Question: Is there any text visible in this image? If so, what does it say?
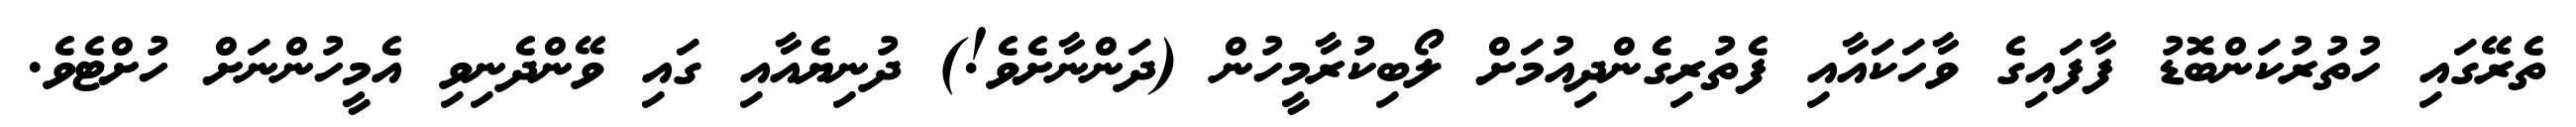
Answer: ތެރޭގައި ހުތުރުކަންބޮޑު ފާފައިގެ ވާހަކައާއި ފެތުރިގެންދިއުމަށް ލޯބިކުރާމީހުން (ދަންނާށެވެ!) ދުނިޔެއާއި ގައި ވޭންދެނިވި އެމީހުންނަށް ހުށްޓެވެ.